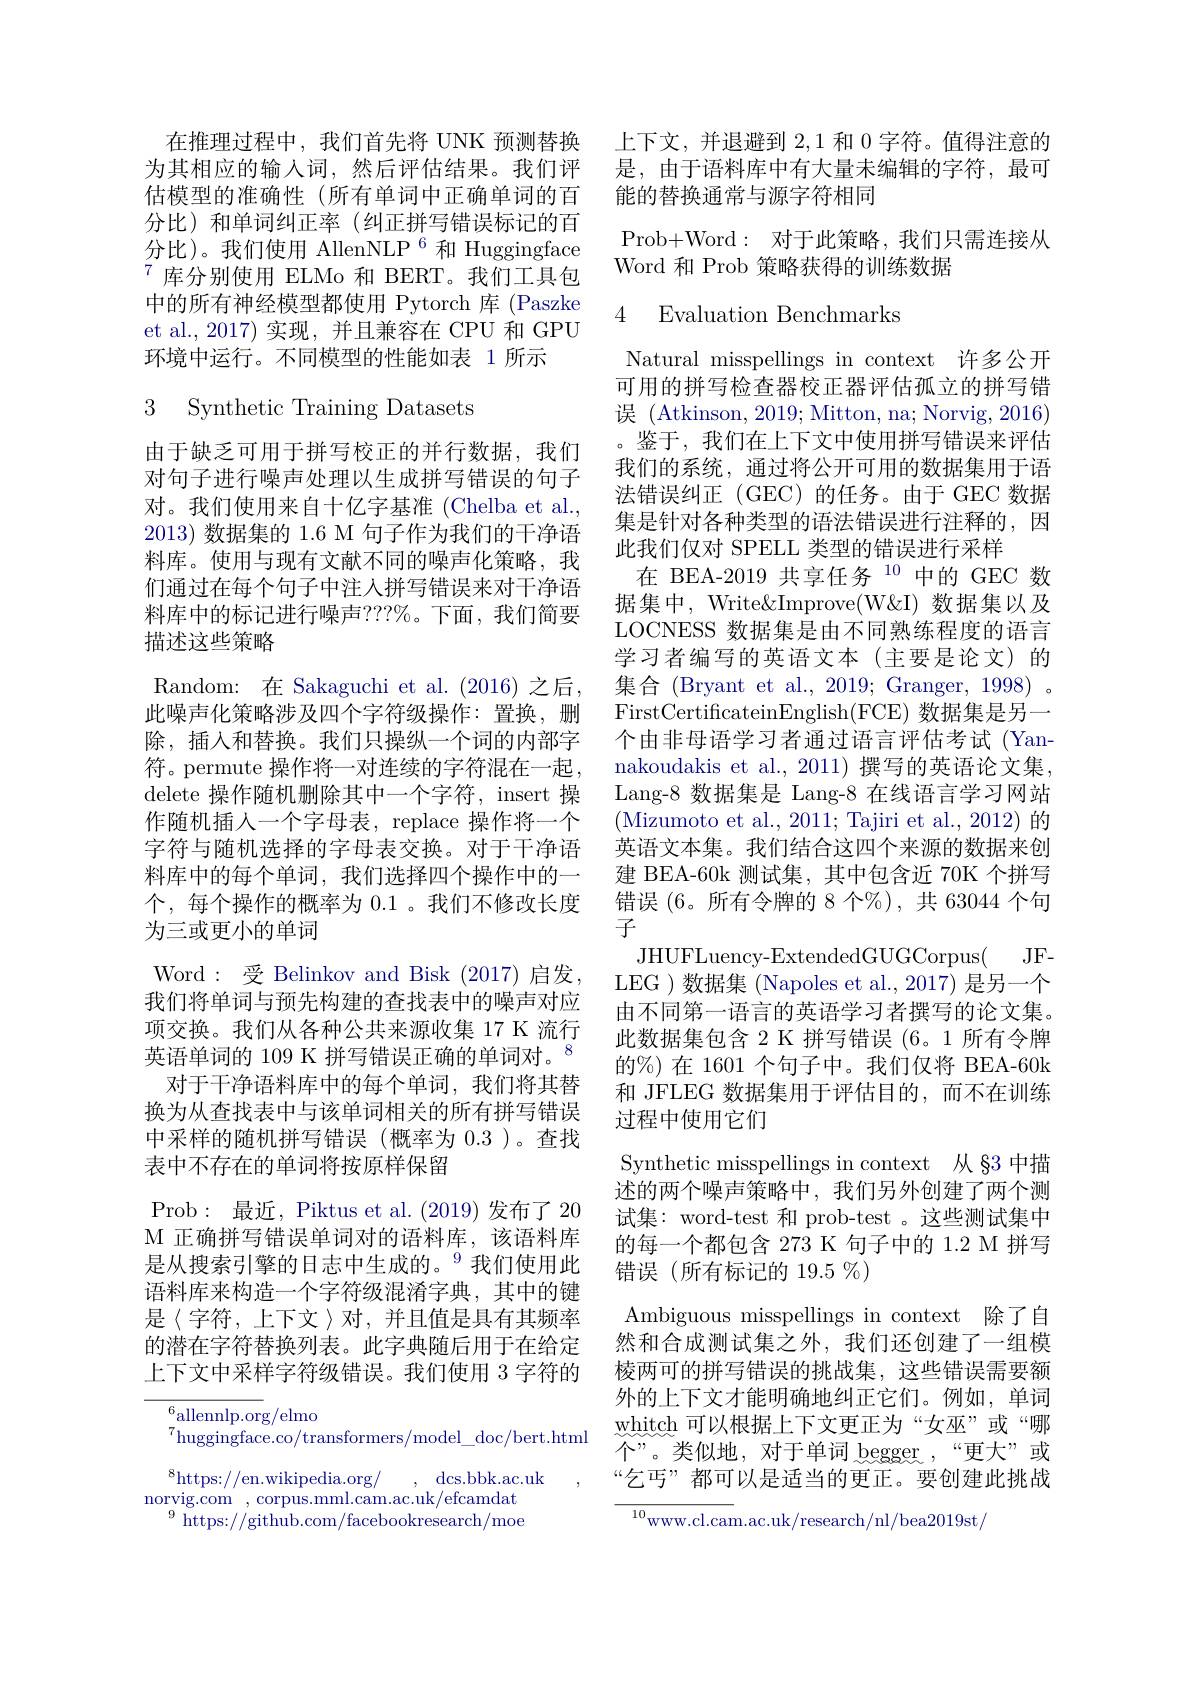
为其相应的输入词，然后评估结果。我们评估模型的准确性(所有单词中正确单词的百分比)和单词纠正率(纠正拼写错误标记的百分比)。我们使用 AllenNLP $^{6}$和 Huggingface $^{7}$库分别使用 ELMo 和 BERT。我们工具包中的所有神经模型都使用 Pytorch 库 (Paszke et al., 2017) 实现，并且兼容在 CPU 和 GPU 环境中运行。不同模型的性能如表 1 所示

## 3 Synthetic Training Datasets

由于缺乏可用于拼写校正的并行数据，我们对句子进行噪声处理以生成拼写错误的句子对。我们使用来自十亿字基准 (Chelba et al. 2013)数据集的 1.6 M 句子作为我们的干净语料库。使用与现有文献不同的噪声化策略，我们通过在每个句子中注人拼写错误来对干净语料库中的标记进行噪声？??%。下面，我们简要描述这些策略
Random: 在 Sakaguchi et al. (2016) 之后， 此噪声化策略涉及四个字符级操作：置换，删除，插入和替换。我们只操纵一个词的内部字符。permute 操作将一对连续的字符混在一起， delete 操作随机删除其中一个字符，insert 操作随机插人一个字母表，replace 操作将一个字符与随机选择的字母表交换。对于干净语料库中的每个单词，我们选择四个操作中的一个，每个操作的概率为 0.1 。我们不修改长度为三或更小的单词
Word:受 Belinkov and Bisk (2017) 启发， 我们将单词与预先构建的查找表中的噪声对应项交换。我们从各种公共来源收集 17 K 流行英语单词的 109 K 拼写错误正确的单词对。$^{8}$
对于干净语料库中的每个单词，我们将其替换为从查找表中与该单词相关的所有拼写错误中采样的随机拼写错误(概率为 0.3 )。查找表中不存在的单词将按原样保留
Prob:最近，Piktus et al.(2019)发布了 20 M 正确拼写错误单词对的语料库，该语料库是从搜索引擎的日志中生成的。$^{9}$我们使用此语料库来构造一个字符级混淆字典，其中的键是《字符，上下文》对，并且值是具有其频率的潜在字符替换列表。此字典随后用于在给定上下文中采样字符级错误。我们使用 3 字符的
${}_{\pi}^{6}$allennlp.org/elmo

$^{7}$huggingface.co/transformers/model\_doc/bert.html $^{8}$https://en.wikipedia.org/ , dcs.bbk.ac.uk ,
norvig. com , corpus. mml. cam. ac. uk/ efcamdat
$^{9}$https://github.com/facebookresearch/moe

在推理过程中，我们首先将 UNK 预测替换 上下文，并退避到2，1和0字符。值得注意的
是，由于语料库中有大量未编辑的字符，最可
能的替换通常与源字符相同
Prob+Word: 对于此策略，我们只需连接从
Word 和 Prob 策略获得的训练数据

### 4 Evaluation Benchmarks

Natural misspellings in context 许多公开可用的拼写检查器校正器评估孤立的拼写错误 (Atkinson, 2019; Mitton, na; Norvig, 2016) 。鉴于，我们在上下文中使用拼写错误来评估我们的系统，通过将公开可用的数据集用于语法错误纠正(GEC)的任务。由于 GEC 数据集是针对各种类型的语法错误进行注释的，因此我们仅对 SPELL 类型的错误进行采样
在 BEA-2019 共享任务$^{10}$中的 GEC 数据集中，Write&Improve(W& 数据集以及LOCNESS 数据集是由不同熟练程度的语言学习者编写的英语文本(主要是论文)的集合 (Bryant et al., 2019; Granger, 1998) 。FirstCertificateinEnglish(FCE) 数据集是另一个由非母语学习者通过语言评估考试(Yannakoudakis et al.,2011) 撰写的英语论文集， Lang-8 数据集是 Lang-8 在线语言学习网站(Mizumoto et al., 2011; Tajiri et al., 2012) 的英语文本集。我们结合这四个来源的数据来创建 BEA-60k 测试集，其中包含近 70K 个拼写错误(6。所有令牌的 8 个%), 共 63044 个句子
$JHUFLuency- ExtendedGUGCorpus($ JF- ). LEG )数据集 (Napoles et al.,2017) 是另一个由不同第一语言的英语学习者撰写的论文集。此数据集包含 2 K 拼写错误 (6。1 所有令牌的%) 在 1601 个句子中。我们仅将 BEA-60k 和 JFLEG 数据集用于评估目的，而不在训练过程中使用它们
Synthetic misspellings in context 从 §3 中描述的两个噪声策略中，我们另外创建了两个测试集：word-test 和 prob-test 。这些测试集中的每一个都包含 273 K 句子中的 1.2 M 拼写错误(所有标记的 19.5%)
Ambiguous misspellings in context 除了自然和合成测试集之外，我们还创建了一组模棱两可的拼写错误的挑战集，这些错误需要额外的上下文才能明确地纠正它们。例如，单词whitch 可以根据上下文更正为“女巫”或“哪个”。类似地，对于单词 begger,“更大”或“乞丐”都可以是适当的更正。要创建此挑战${\frac{10}{\mathrm{www.cl.cam.ac.uk/research/nl/bea2019st/}}}$